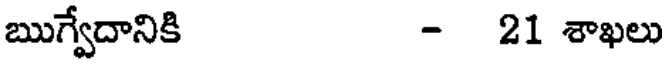
ఋగ్వేదానికి - 21 శాఖలు